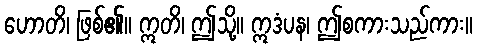
ဟောတိ၊ ဖြစ်၏။ ဣတိ၊ ဤသို့။ ဣဒံပန၊ ဤစကားသည်ကား။